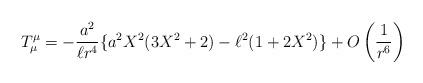
LaTeX: \begin{align*}T_{\mu }^{\mu }=-\frac{a^{2}}{\ell r^{4}}\{a^{2}X^{2}(3X^{2}+2)-\ell^{2}(1+2X^{2})\}+O\left( \frac{1}{r^{6}}\right) \end{align*}